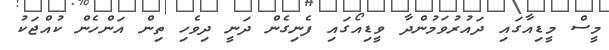
މީސް މީޑިއާގައި ދައުރުވަމުންދާ ވީޑިއޯގައި ފެނިގެން ދަނީ ދިވެހި ތިން އަންހެން ކުއްޖަކު